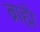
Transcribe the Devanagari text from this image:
ब्राह्मे